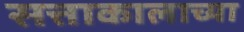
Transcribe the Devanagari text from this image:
सत्ताकालाच्या